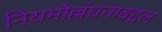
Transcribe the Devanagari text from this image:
नियमोल्लंघनाबद्दल